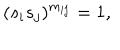
LaTeX: ( s _ { i } s _ { j } ) ^ { m _ { i j } } = 1 ,